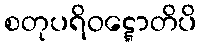
စတုပရိဝဋ္ဋောတိပိ